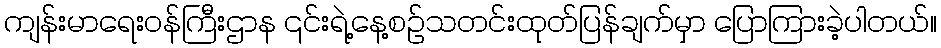
ကျန်းမာရေးဝန်ကြီးဌာန ၎င်းရဲ့နေ့စဉ်သတင်းထုတ်ပြန်ချက်မှာ ပြောကြားခဲ့ပါတယ်။